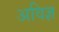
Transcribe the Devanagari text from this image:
अविज्ञ